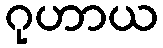
ဂုဟာယ